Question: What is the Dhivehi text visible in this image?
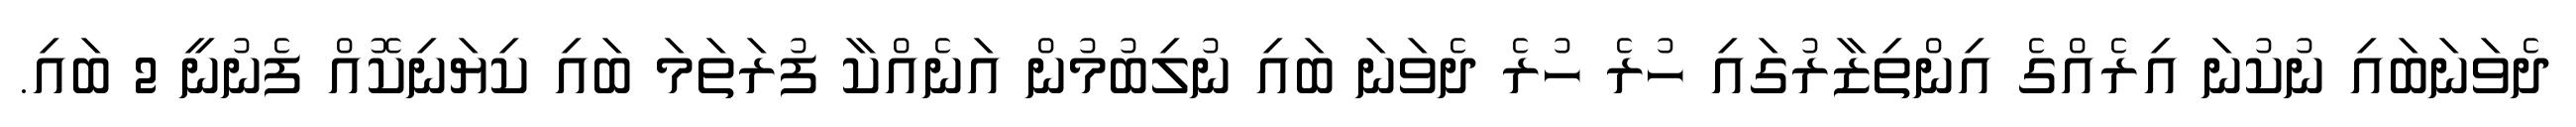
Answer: ދެވަނަބައި ނުކުނަ އިރެއްގެ އިންތިޒާރުގައި ހުރެ ހުރެ ދެވަނަ ބައި ނުލިބުމުން އަނެއްކާ ފުރަތަމަ ބައި ކިޔަނިކޮއް ފެނުނީ 2 ބައި.